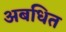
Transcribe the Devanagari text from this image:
अबधित